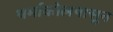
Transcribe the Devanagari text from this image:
थर्माकोलपासून